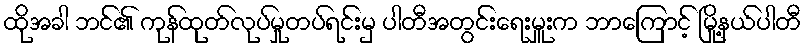
ထိုအခါ ဘင်၏ ကုန်ထုတ်လုပ်မှုတပ်ရင်းမှ ပါတီအတွင်းရေးမှူးက ဘာကြောင့် မြို့နယ်ပါတီ